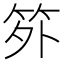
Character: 𬔷